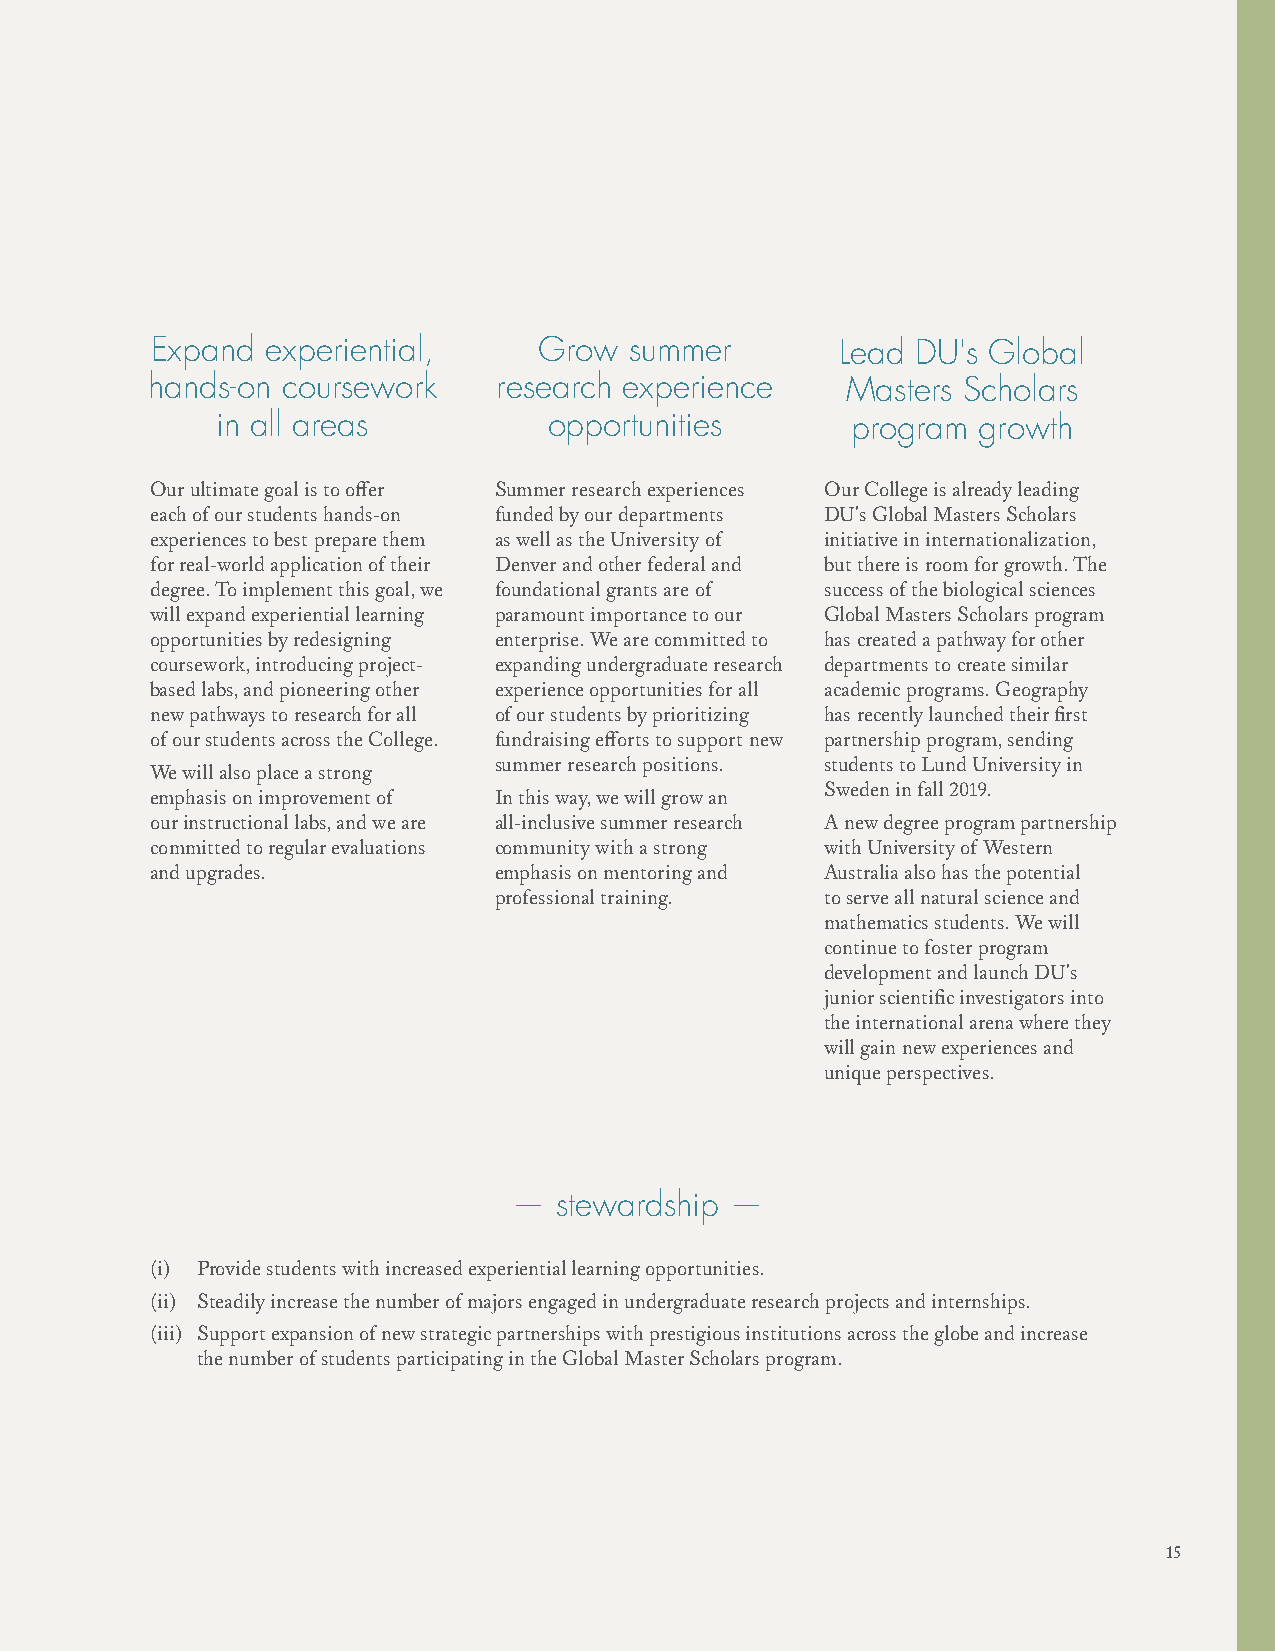
Expand  experiential,     Grow  summer        Lead DU's Global
 hands-on coursework    research experience    Masters Scholars
 in all areas          opportunities       program  growth
 Our ultimate goal is to offer Summer research experiences Our College is already leading
 each of our students hands-on funded by our departments DU's Global Masters Scholars
 experiences to best prepare them as well as the University of initiative in internationalization,
 for real-world application of their Denver and other federal and but there is room for growth. The
 degree. To implement this goal, we foundational grants are of success of the biological sciences
 will expand experiential learning paramount importance to our Global Masters Scholars program
 opportunities by redesigning enterprise. We are committed to has created a pathway for other
 coursework, introducing project- expanding undergraduate research departments to create similar
 based labs, and pioneering other experience opportunities for all academic programs. Geography
 new pathways to research for all of our students by prioritizing has recently launched their first
 of our students across the College. fundraising efforts to support new partnership program, sending
 summer research positions. students to Lund University in
 We will also place a strong
 Sweden in fall 2019.
 emphasis on improvement of In this way, we will grow an
 our instructional labs, and we are all-inclusive summer research A new degree program partnership
 committed to regular evaluations community with a strong with University of Western
 and upgrades.          emphasis on mentoring and Australia also has the potential
 professional training. to serve all natural science and
 mathematics students. We will
 continue to foster program
 development and launch DU's
 junior scientific investigators into
 the international arena where they
 will gain new experiences and
 unique perspectives.
 —  stewardship —
 (i) Provide students with increased experiential learning opportunities.
 (ii) Steadily increase the number of majors engaged in undergraduate research projects and internships.
 (iii) Support expansion of new strategic partnerships with prestigious institutions across the globe and increase
 the number of students participating in the Global Master Scholars program.
 15